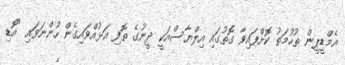
އެމްޑީޕީން ތުހުމަތު ކޮށްފައިވާ ގޮތުގައި އިލްޔާސްއަކީ ދީނުގެ ތޮފި އަޅުއްވައިގެން ހުންނަވައި "އޮޑި